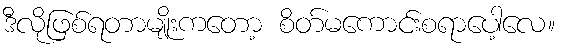
ဒီလိုဖြစ်ရတာမျိုးကတော့ စိတ်မကောင်းစရာပေါ့လေ။